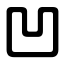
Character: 凹